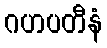
ဂဟပတီနံ